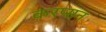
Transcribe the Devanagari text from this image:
करप्सन